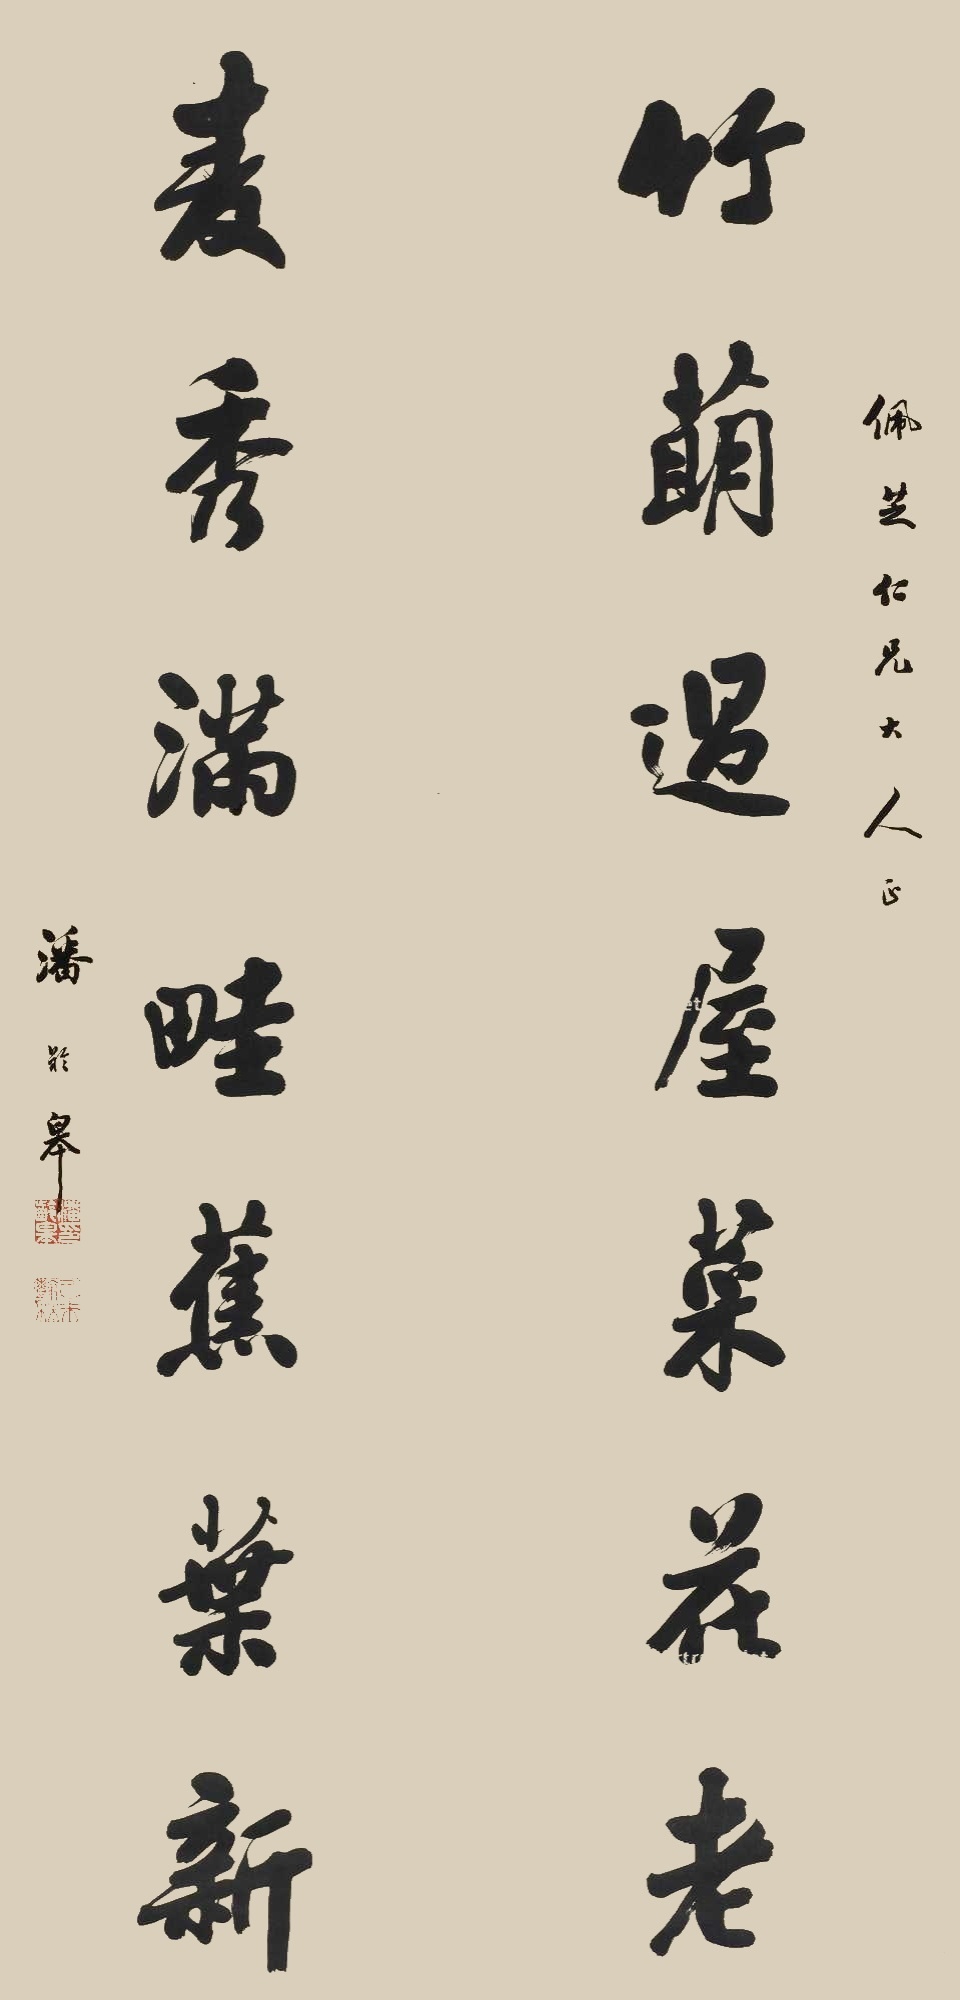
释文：竹萌过屋菜花老，麦秀满畦蕉叶新。佩芝仁兄大人正。潘龄皋。